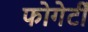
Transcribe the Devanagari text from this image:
फोगेर्टी